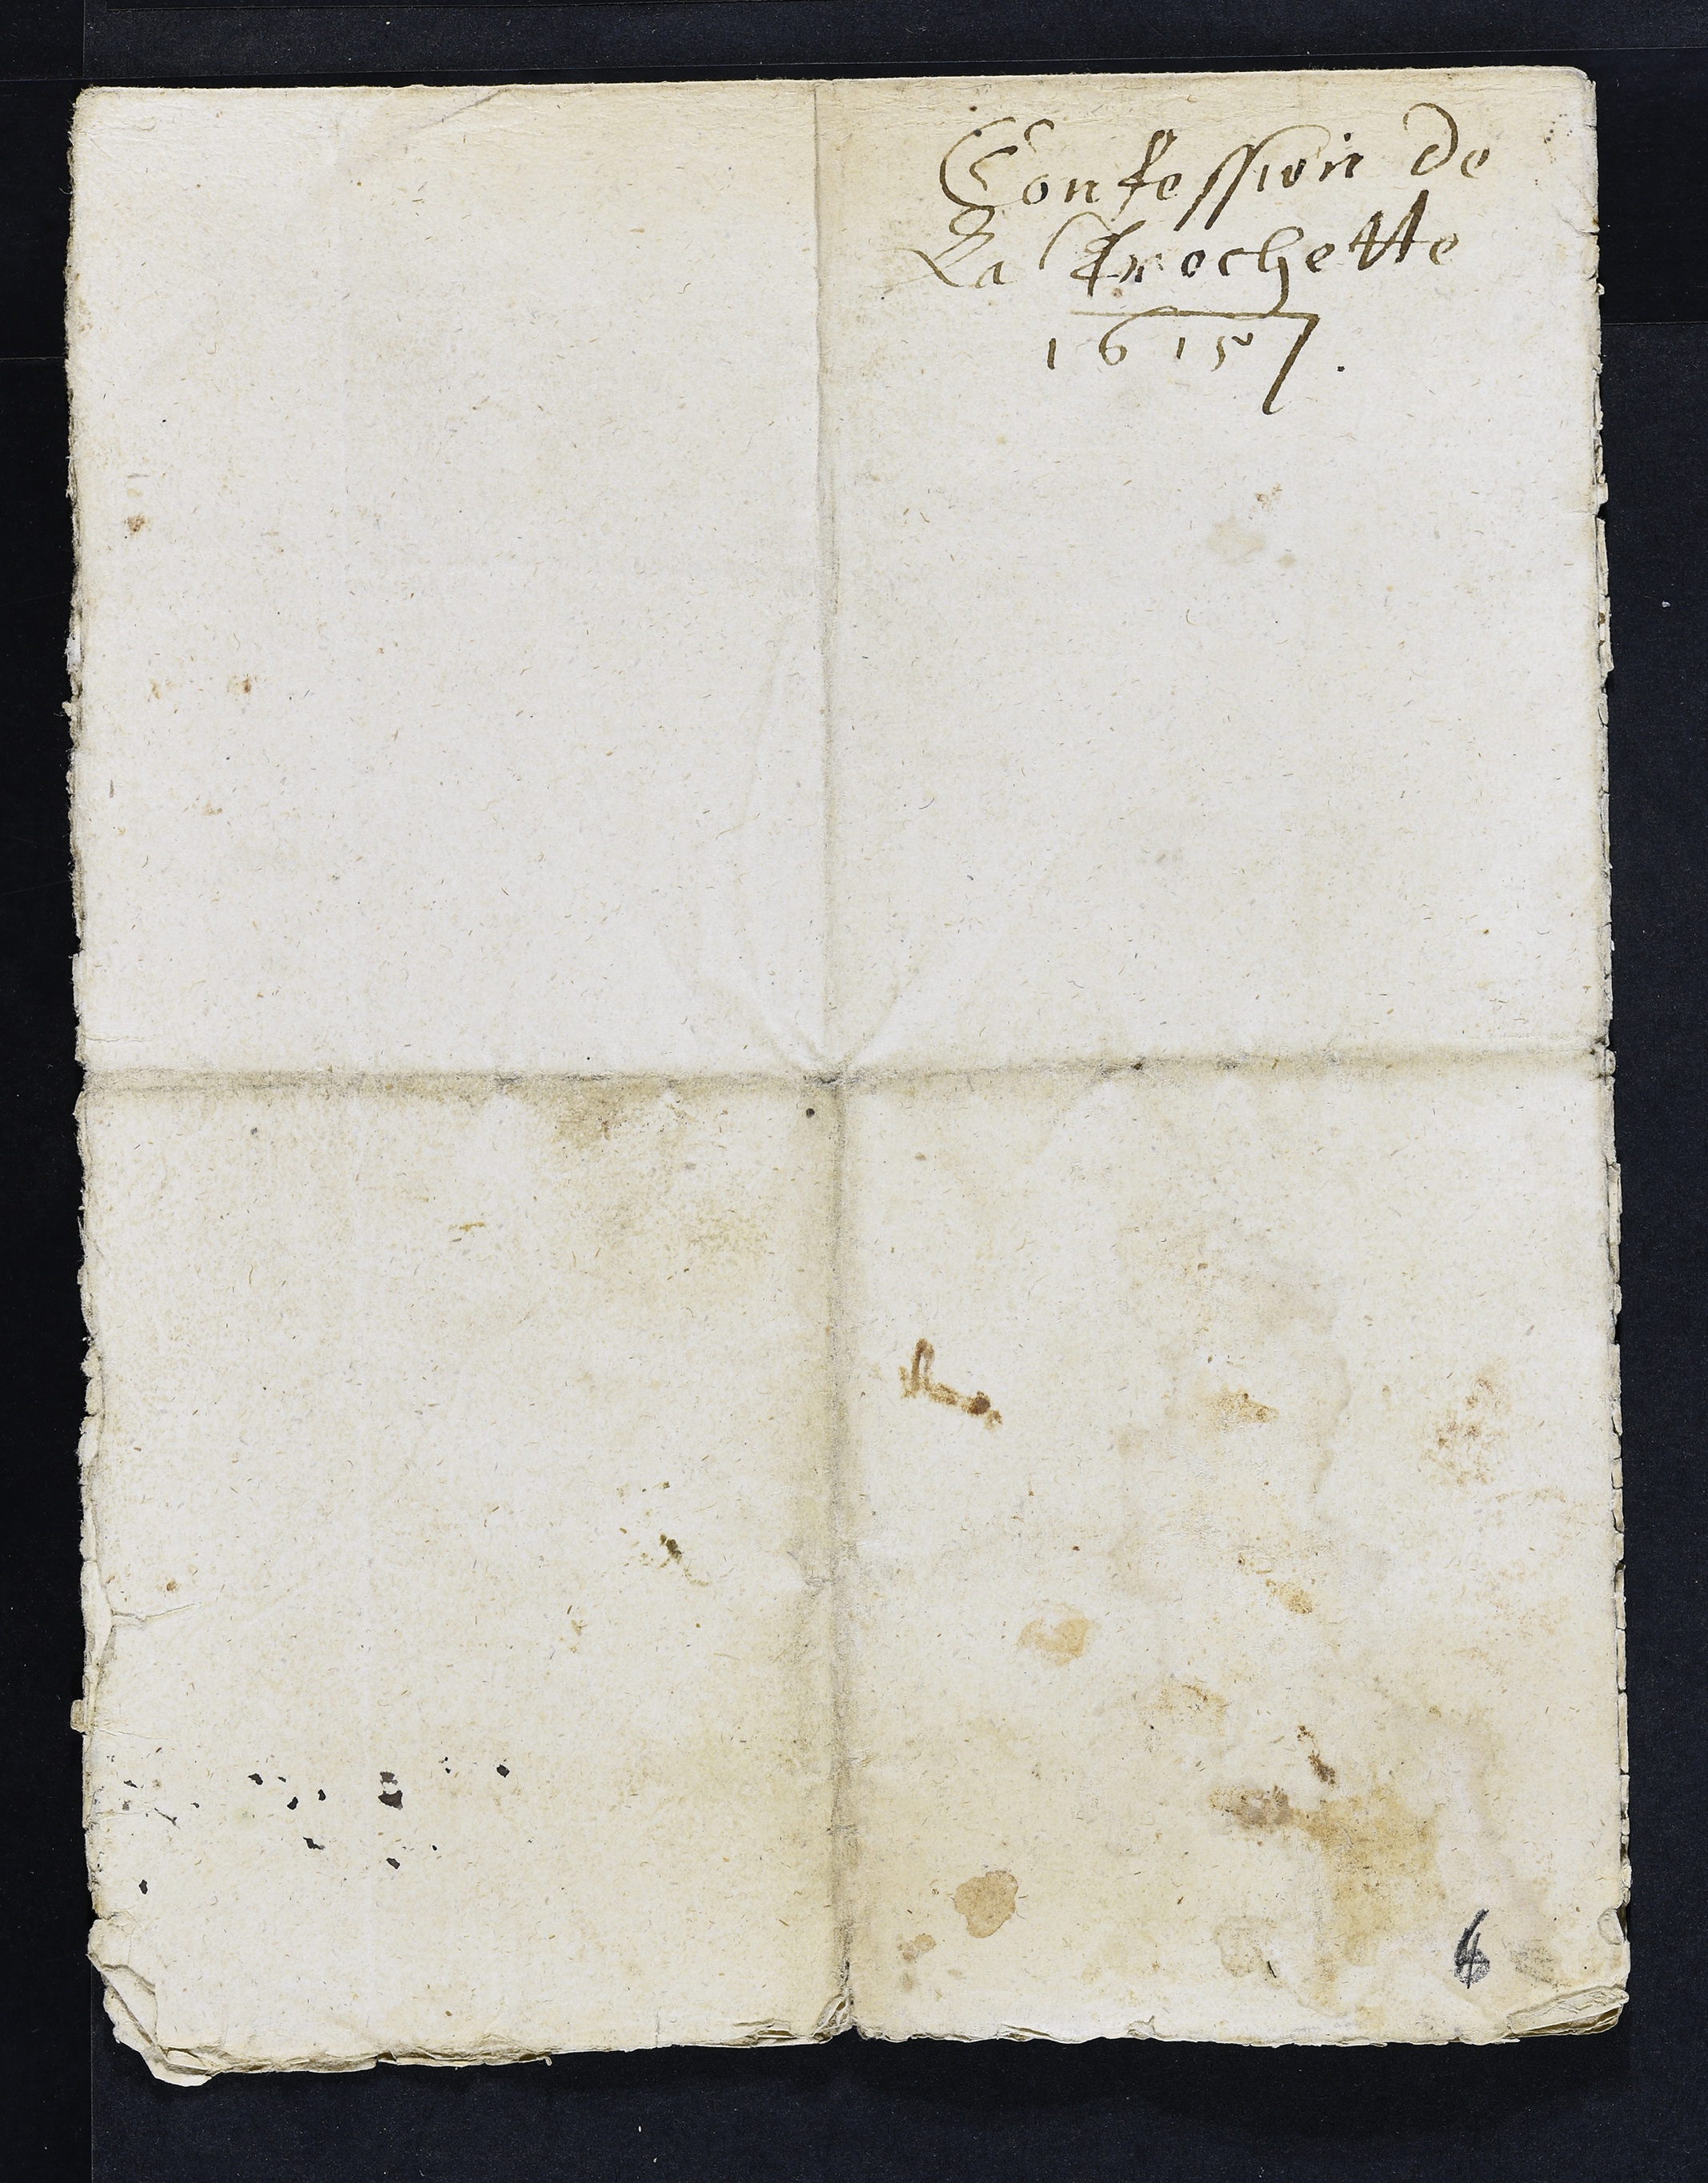
Confession de
la Trochette
1615
6